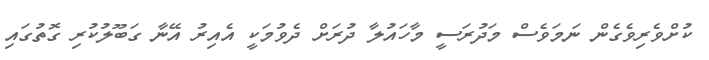
ކުށްވެރިވެގެން ނަމަވެސް މަދުރަސީ މާހައުލާ ދުރަށް ދެވުމަކީ އެއިރު އޭނާ ގަބޫލުކުރި ގޮތުގައި